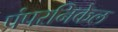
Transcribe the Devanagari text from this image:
पंपरनिकेल